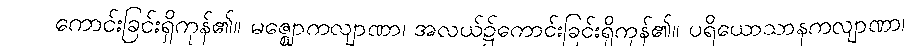
ကောင်းခြင်းရှိကုန်၏။ မဇ္ဈောကလျာဏာ၊ အလယ်၌ကောင်းခြင်းရှိကုန်၏။ ပရိယောသာနကလျာဏာ၊